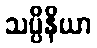
သပ္ပိနိယာ